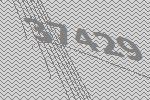
37429